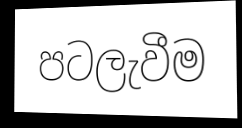
පටලැවීම